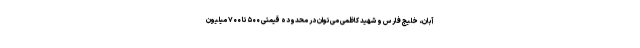
آبان، خلیج فارس و شهید کاظمی می‌توان در محدوده قیمتی ۵۰۰ تا ۷۰۰ میلیون